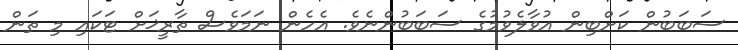
ސަބަބުން ކަށްބިން އުވާލެވުމުގެ ސަބަބުންނެވެ. އެހެން ނަމަވެސް ތާރީޚަށް ޓަކައި މި ތަން